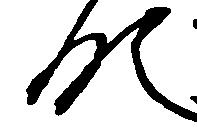
領